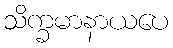
သိက္ခမာနာယပေ